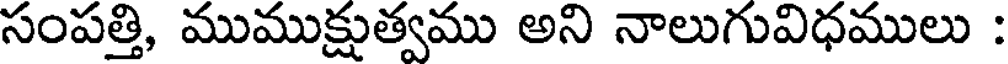
సంపత్తి, ముముక్షుత్వము అని నాలుగువిధములు :